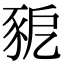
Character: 豟